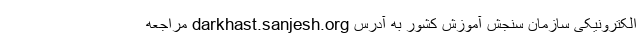
الکترونیکی سازمان سنجش آموزش کشور به آدرس darkhast.sanjesh.org مراجعه